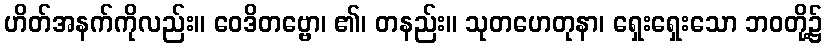
ဟိတ်အနက်ကိုလည်း။ ဝေဒိတဗ္ဗော၊ ၏၊ တနည်း။ သုတဟေတုနာ၊ ရှေးရှေးသော ဘဝတို့၌